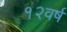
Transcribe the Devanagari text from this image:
१२वर्ष